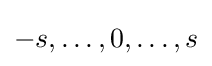
-s,\dots ,0,\dots ,s